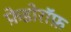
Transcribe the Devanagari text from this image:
फ़ेडोरॉफ़